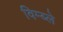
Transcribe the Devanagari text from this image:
विम्ब्ले